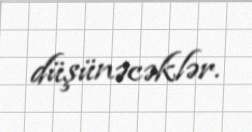
düşünəcəklər.